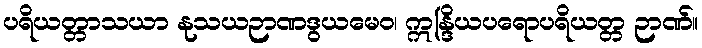
ပရိယတ္တာသယာ နုသယဉာဏဒွယမေဝ၊ ဣန္ဒြိယပရောပရိယတ္တ ဉာဏ်။